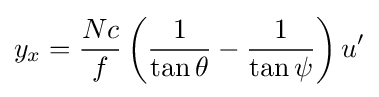
y_{x}={\frac {Nc}{f}}\left({\frac {1}{\tan \theta }}-{\frac {1}{\tan \psi }}\right)u'